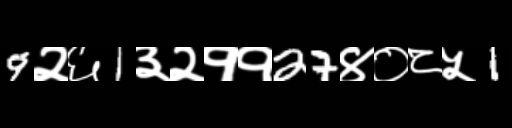
Text: 9२६1३२११27४०८५1